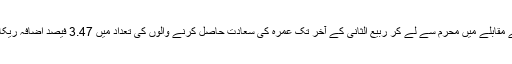
گزشتہ سال کے مقابلے میں محرم سے لے کر ربیع الثانی کے آخر تک عمرہ کی سعادت حاصل کرنے والوں کی تعداد میں 3.47 فیصد اضافہ ریکارڈ کیا گیا ہے۔